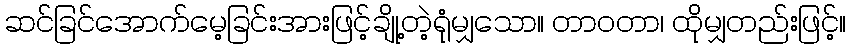
ဆင်ခြင်အောက်မေ့ခြင်းအားဖြင့်ချို့တဲ့ရုံမျှသော။ တာဝတာ၊ ထိုမျှတည်းဖြင့်။